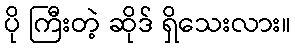
ပို ကြီးတဲ့ ဆိုဒ် ရှိသေးလား။